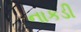
નાકડી